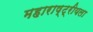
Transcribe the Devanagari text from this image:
महाराष्ट्रीयला